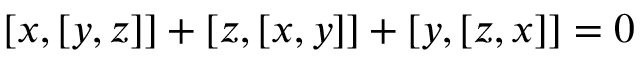
[ x , [ y , z ] ] + [ z , [ x , y ] ] + [ y , [ z , x ] ] = 0